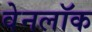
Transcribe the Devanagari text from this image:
वेनलॉक